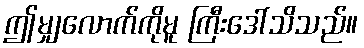
ဤမျှလောက်ကိုမူ ကြီးဒေါ်သိသည်။